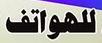
للهو